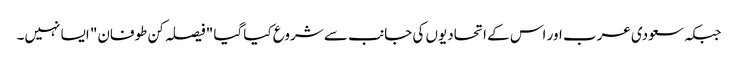
جبکہ سعودی عرب اور اس کے اتحادیوں کی جانب سے شروع کیا گیا "فیصلہ کن طوفان" ایسا نہیں۔